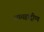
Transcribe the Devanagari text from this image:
उपमहाद्वीप्प